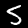
Digit: 5